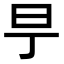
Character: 𣄿